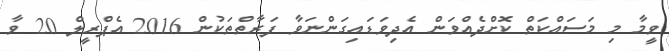
ވީމާ މި މަސައްކަތް ކޮށްދެއްވަން އެދިވަޑައިގަންނަވާ ފަރާތްތަކުން 2016 އެޕްރީލް 20 ވާ